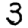
Digit: 3